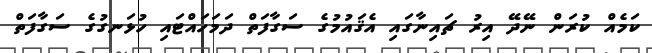
ކަމެއް ކުރަން ނޭދޭ އިރު ޗައިނާގައި އެޤައުމުގެ ސަގާފަތް ދަމަހައްޓައި ހުޅަނގުގެ ސަގާފަތް